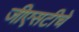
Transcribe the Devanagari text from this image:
जीएसटीचे